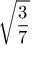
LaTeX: \sqrt { \frac { 3 } { 7 } }